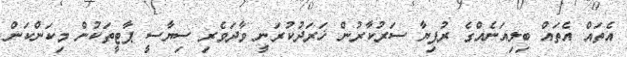
އެތައް އެތައް ބިލިއަނެއްގެ ރުފިޔާ ސަރުކާރުން ޚަރަދުކުރަނީ ވާދަވެރި ސިޔާސީ ޕާޓީތަކުން މިކަންކަން